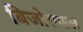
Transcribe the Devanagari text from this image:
बिजोराफल